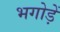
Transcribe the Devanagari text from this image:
भगोड़ें